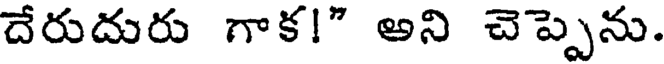
దేరుదురు గాక!" అని చెప్పెను.